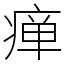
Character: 瘅